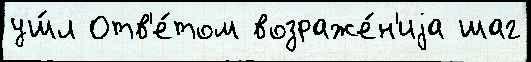
уш́л Отв'е́том возраже́н'иjа шаг